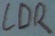
Text: LDR